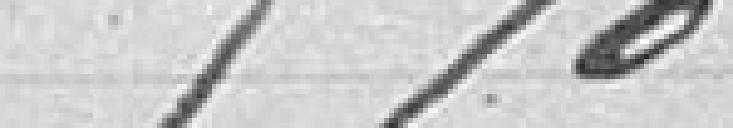
5%